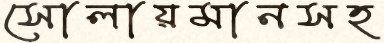
সোলায়মানসহ